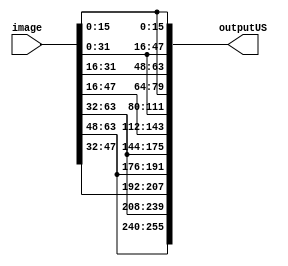
`timescale 1ns / 1ps
//////////////////////////////////////////////////////////////////////////////////
// Company: 
// Engineer: 
// 
// Design Name: 
// Module Name: UpSample
// Project Name: 
// Target Devices: 
// Tool Versions: 
// Description: 
// 
// Dependencies: 
// 
// Revision:
// Revision 0.01 - File Created
// Additional Comments:
// 
//////////////////////////////////////////////////////////////////////////////////


module UpSampleSingle(image,outputUS);

parameter DATA_WIDTH = 16;
parameter H = 2;
parameter W = 2;
parameter D = 1;

input [0:D*W*H*DATA_WIDTH-1] image;
output reg [0:D*2*W*2*W*DATA_WIDTH-1] outputUS;


generate 
genvar counter,row;

    for (row=0;row<W;row=row+1) begin
        for(counter=0;counter<H;counter=counter+1) begin
            always @ (*) begin
                    outputUS[((row*2)*2*W*DATA_WIDTH+2*counter*DATA_WIDTH)+:DATA_WIDTH] <=   image[(row*W*DATA_WIDTH+counter*DATA_WIDTH)+:DATA_WIDTH];
                    outputUS[((row*2+1)*2*W*DATA_WIDTH+2*counter*DATA_WIDTH)+:DATA_WIDTH] <=   image[(row*W*DATA_WIDTH+counter*DATA_WIDTH)+:DATA_WIDTH];
                    outputUS[((row*2)*2*W*DATA_WIDTH+(2*counter+1)*DATA_WIDTH)+:DATA_WIDTH] <=   image[(row*W*DATA_WIDTH+counter*DATA_WIDTH)+:DATA_WIDTH];
                    outputUS[((row*2+1)*2*W*DATA_WIDTH+(2*counter+1)*DATA_WIDTH)+:DATA_WIDTH] <=   image[(row*W*DATA_WIDTH+counter*DATA_WIDTH)+:DATA_WIDTH];
            end
        end
    end

endgenerate
    
endmodule